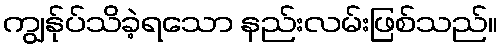
ကျွန်ုပ်သိခဲ့ရသော နည်းလမ်းဖြစ်သည်။